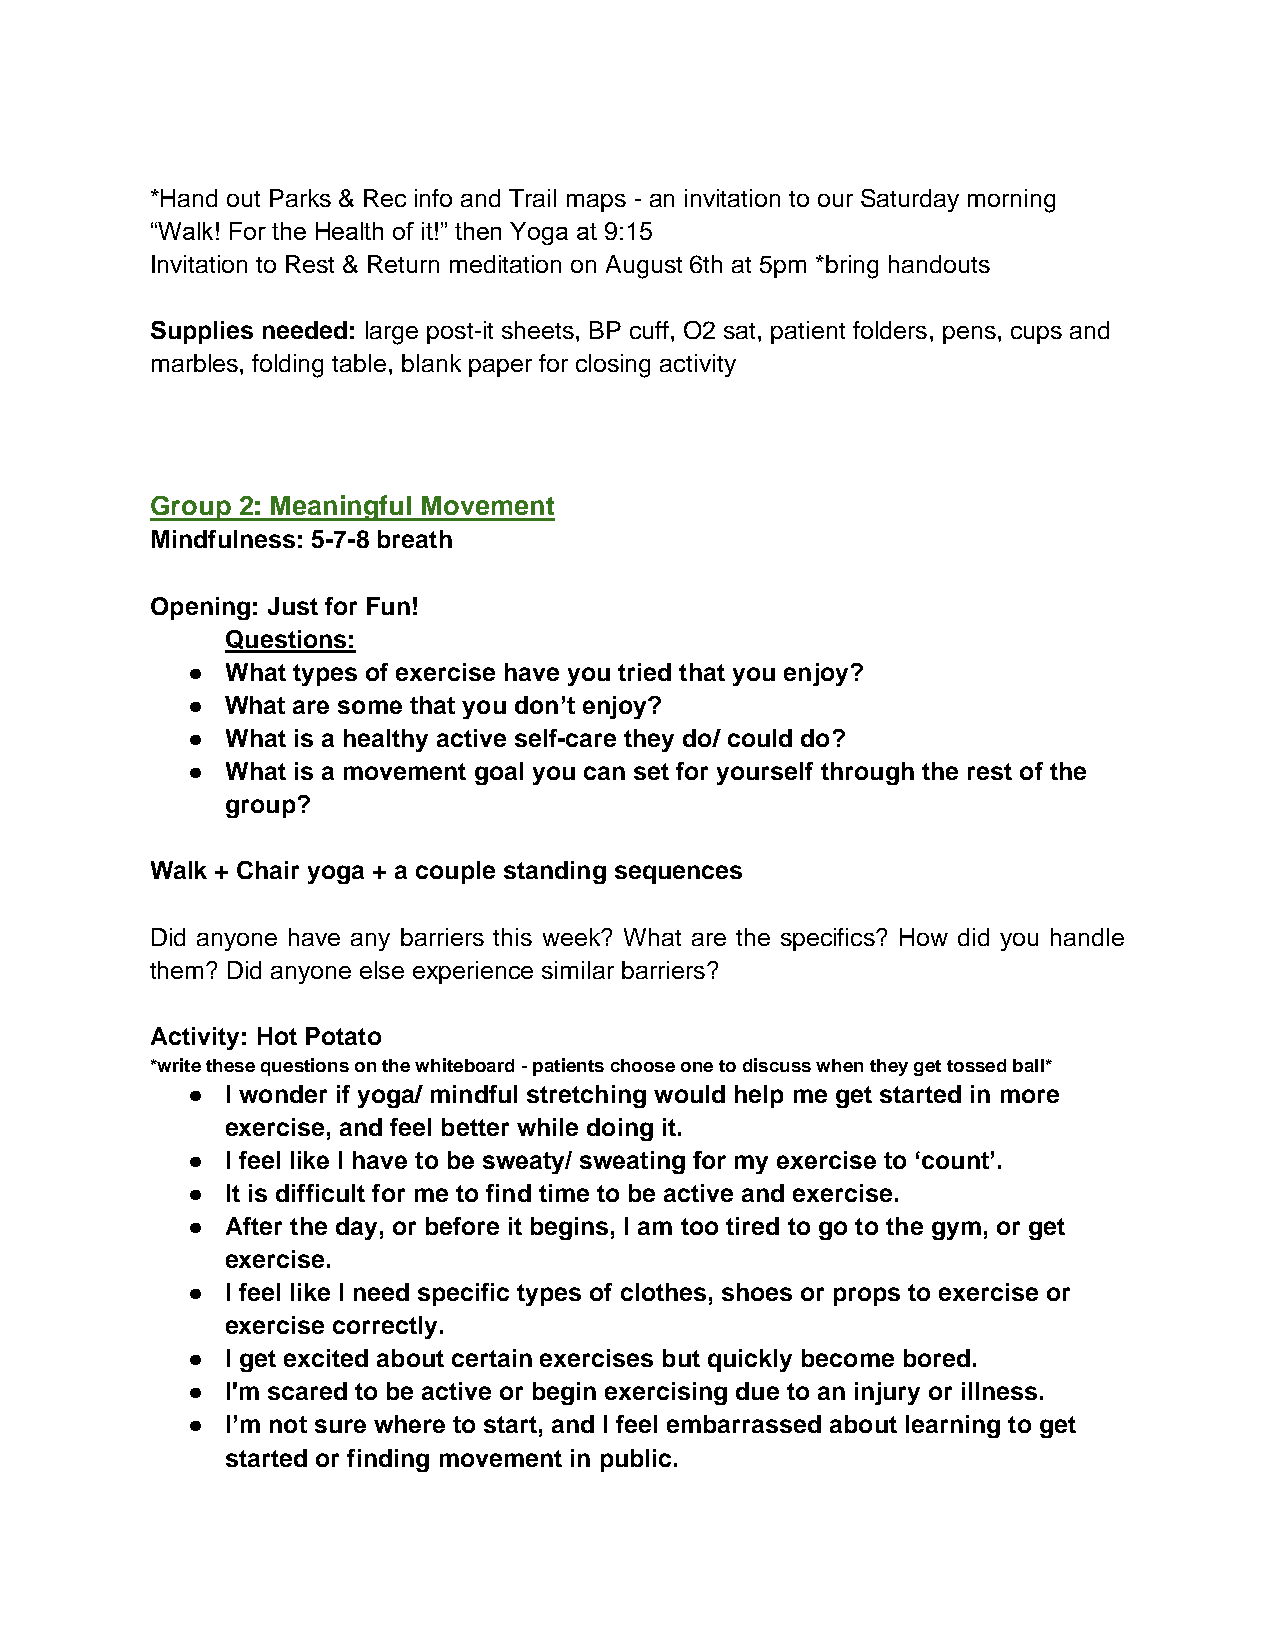
*Hand out Parks & Rec info and Trail maps - an invitation to our Saturday morning
 “Walk! For the Health of it!” then Yoga at 9:15
 Invitation to Rest & Return meditation on August 6th at 5pm *bring handouts
 Supplies needed: large post-it sheets, BP cuff, O2 sat, patient folders, pens, cups and
 marbles, folding table, blank paper for closing activity
 Group 2: Meaningful Movement
 Mindfulness: 5-7-8 breath
 Opening: Just for Fun!
 Questions:
 ●  What types of exercise have you tried that you enjoy?
 ●  What are some that you don’t enjoy?
 ●  What is a healthy active self-care they do/ could do?
 ●  What is a movement goal you can set for yourself through the rest of the
 group?
 Walk + Chair yoga + a couple standing sequences
 Did anyone have any barriers this week? What are the specifics? How did you handle
 them? Did anyone else experience similar barriers?
 Activity: Hot Potato
 *write these questions on the whiteboard - patients choose one to discuss when they get tossed ball*
 ●  I wonder if yoga/ mindful stretching would help me get started in more
 exercise, and feel better while doing it.
 ●  I feel like I have to be sweaty/ sweating for my exercise to ‘count’.
 ●  It is difficult for me to find time to be active and exercise.
 ●  After the day, or before it begins, I am too tired to go to the gym, or get
 exercise.
 ●  I feel like I need specific types of clothes, shoes or props to exercise or
 exercise correctly.
 ●  I get excited about certain exercises but quickly become bored.
 ●  I'm scared to be active or begin exercising due to an injury or illness.
 ●  I’m not sure where to start, and I feel embarrassed about learning to get
 started or finding movement in public.